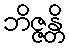
ဘိဇ္ဇန္တိ